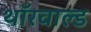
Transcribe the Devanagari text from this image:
थॉरवाल्ड